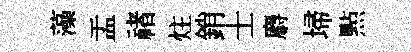
藻盂禇炷銷士麝埽㸃